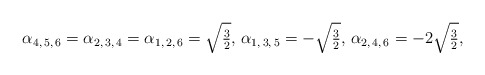
\begin{align*}\alpha_{4,\,5,\,6}=\alpha_{2,\,3,\,4}=\alpha_{1,\,2,\,6}=\sqrt{\tfrac{3}{2}},\,\alpha_{1,\,3,\,5}=-\sqrt{\tfrac{3}{2}},\,\alpha_{2,\,4,\,6}=-2\sqrt{\tfrac{3}{2}},\end{align*}